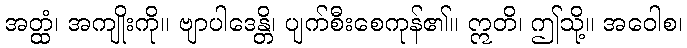
အတ္ထံ၊ အကျိုးကို။ ဗျာပါဒေန္တိ၊ ပျက်စီးစေကုန်၏။ ဣတိ၊ ဤသို့။ အဝေါစ၊